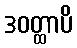
ဒဝတ္ထာပိ